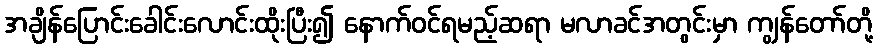
အချိန်ပြောင်းခေါင်းလောင်းထိုးပြီး၍ နောက်ဝင်ရမည့်ဆရာ မလာခင်အတွင်းမှာ ကျွန်တော်တို့